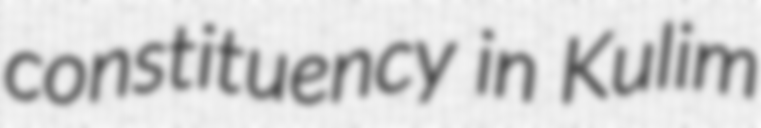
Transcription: constituency in Kulim